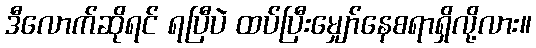
ဒီလောက်ဆိုရင် ရပြီပဲ ထပ်ပြီးမျှော်နေစရာရှိလို့လား။